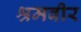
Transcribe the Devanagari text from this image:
श्रमवीर